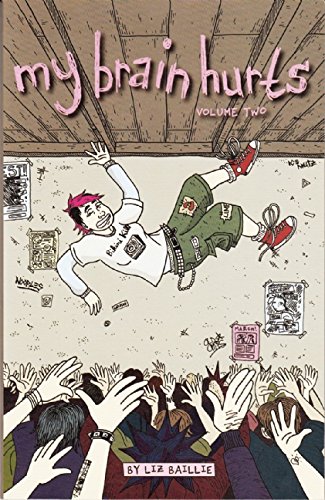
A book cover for My Brain Hurts (Comix); Liz Baillie; Comics & Graphic Novels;